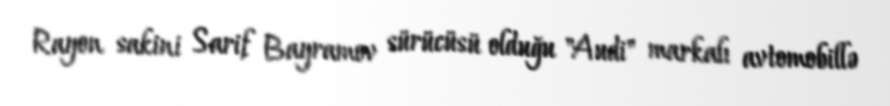
Rayon sakini Sarif Bayramov sürücüsü olduğu "Audi" markalı avtomobillə